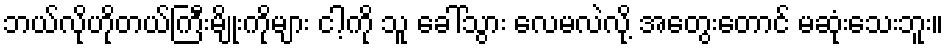
ဘယ်လိုဟိုတယ်ကြီးမျိုးကိုများ ငါ့ကို သူ ခေါ်သွား လေမလဲလို့ အတွေးတောင် မဆုံးသေးဘူး။